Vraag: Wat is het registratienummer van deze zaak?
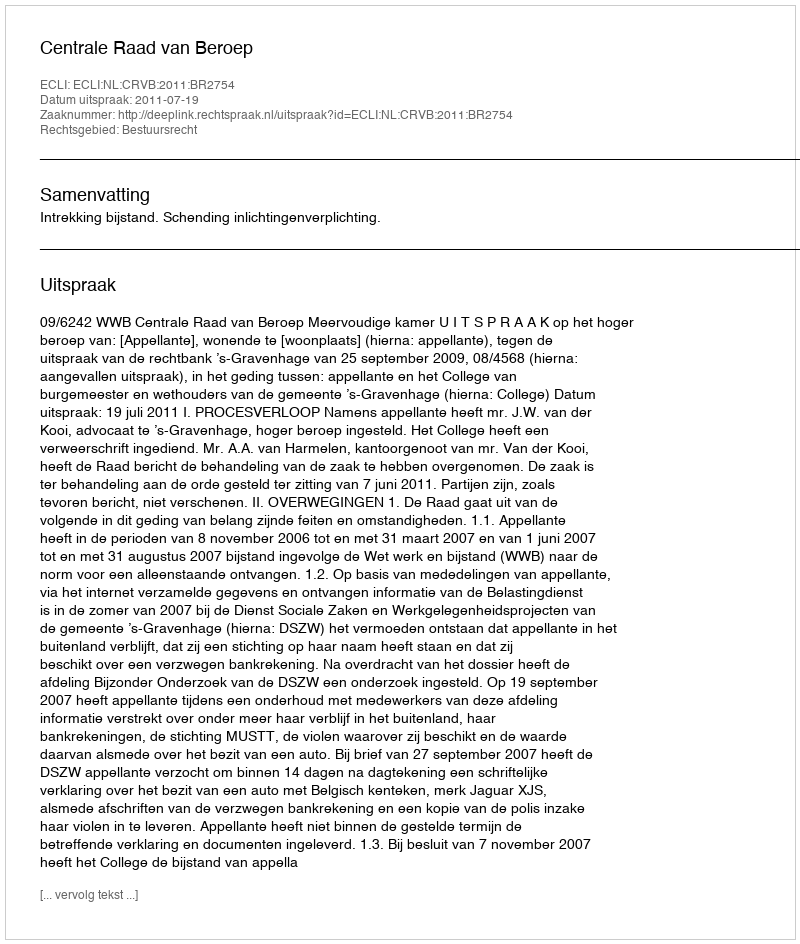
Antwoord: http://deeplink.rechtspraak.nl/uitspraak?id=ECLI:NL:CRVB:2011:BR2754